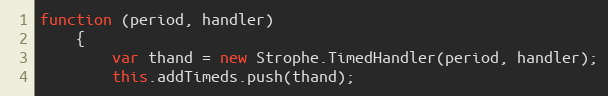
Language: JavaScript
function (period, handler)
    {
        var thand = new Strophe.TimedHandler(period, handler);
        this.addTimeds.push(thand);